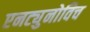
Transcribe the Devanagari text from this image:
एनट्युनोविच